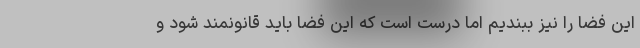
این فضا را نیز ببندیم اما درست است که این فضا باید قانونمند شود و